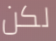
لكن